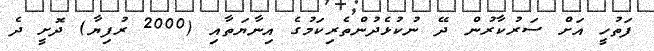
ފަތުހީ އަށް ސަރުކާރުން ދޭ ނުކުޅެދުންތެރިކަމުގެ އިނާޔަތާއި (2000 ރުފިޔާ) ދޮށީ ދެ